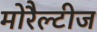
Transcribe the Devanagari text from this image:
मोरैल्टीज